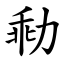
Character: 㔞